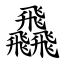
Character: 飝